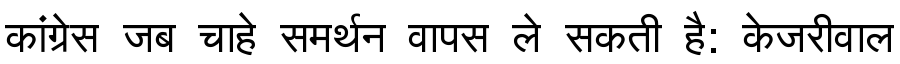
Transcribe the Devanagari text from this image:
कांग्रेस जब चाहे समर्थन वापस ले सकती है: केजरीवाल